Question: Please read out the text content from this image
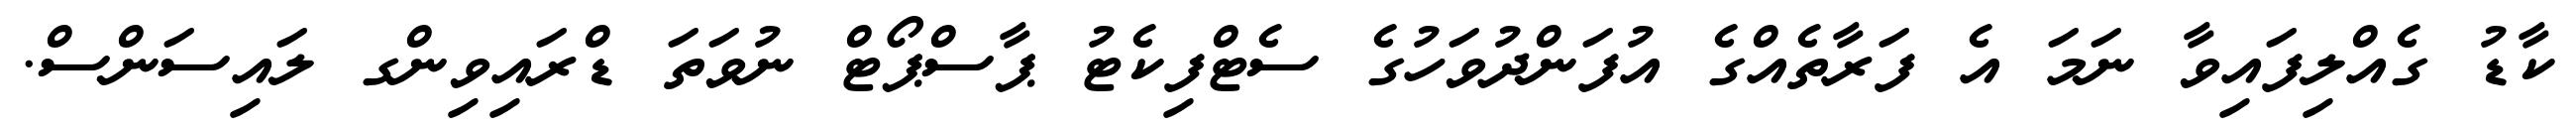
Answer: ކާޑު ގެއްލިފައިވާ ނަމަ އެ ފަރާތެއްގެ އުފަންދުވަހުގެ ސެޓްފިކެޓު ޕާސްޕޯޓް ނުވަތަ ޑްރައިވިންގ ލައިސަންސް.